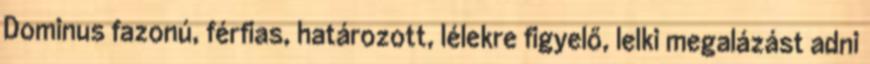
Dominus fazonú, férfias, határozott, lélekre figyelő, lelki megalázást adni